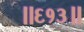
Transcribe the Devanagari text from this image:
॥६१३॥